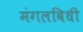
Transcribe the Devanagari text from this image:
मंगलविधी